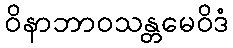
ဝိနာဘာဝသန္တမေဝိဒံ